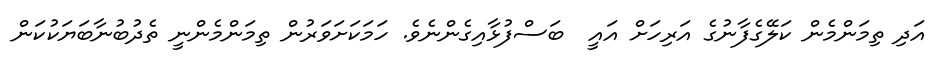
އަދި ތިމަންމެން ކަލޭގެފާނުގެ އަރިހަށް އައީ  ބަސްފުޅާއިގެންނެވެ. ހަމަކަށަވަރުން ތިމަންމެންނީ ތެދުބުނާބަޔަކުކަން